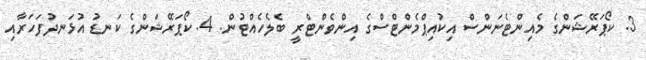
3. ކޯޕަރޭޝަންގެ މެއިންޓެނަންސް އިކުއިޕްމެންޓްސްގެ އިންވެންޓްރީ ބެލެހެއްޓުން. 4. ކޯޕަރޭޝަންގެ ކަނޑު އުޅަނދުފަހަރާއި